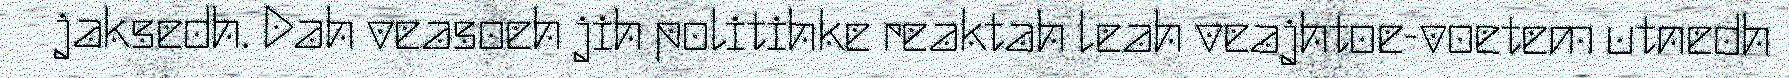
jaksedh. Dah veasoeh jih politihke reaktah leah veajhtoe-voetem utnedh